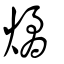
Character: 燏